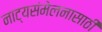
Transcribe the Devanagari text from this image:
नाट्यसंमेलनासाठी